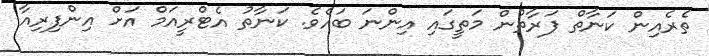
ތެރެއިން ކަނާތް ފަރާތުން މަތީގައި އިންނަ ބައެވެ. ކަނާތު އެޓްރީއަމް އަށް އިންފިރިއާ